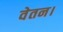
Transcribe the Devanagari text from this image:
वेतन।